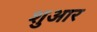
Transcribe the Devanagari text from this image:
शुआर